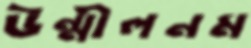
উন্মীলনম